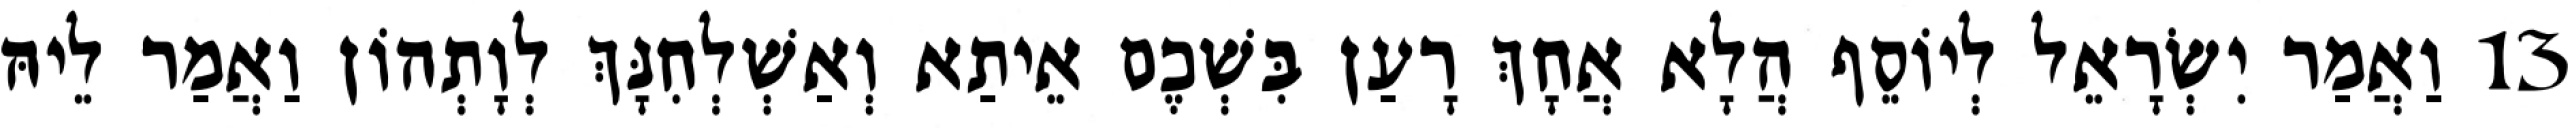
13 וַאֲמַר יִשְׂרָאֵל לְיוֹסֵף הֲלָא אֲחָךְ רָעַן בִּשְׁכֶם אֵיתַא וְאַשְׁלְחִנָּךְ לְוָתְהוֹן וַאֲמַר לֵיהּ